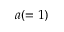
a ( = 1 )